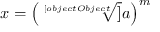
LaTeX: x = \left( { \sqrt [ [object Object] ] { a } } \right) ^ { m }